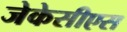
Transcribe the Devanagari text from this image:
जेकेसीएस